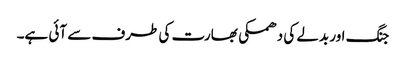
جنگ اور بدلے کی دھمکی بھارت کی طرف سے آئی ہے۔